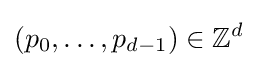
(p_{0},\dots ,p_{d-1})\in \mathbb {Z} ^{d}